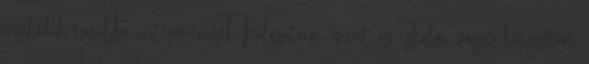
működik továbbá intézmények hálózatain, mint az iskolai vagy könyvtári